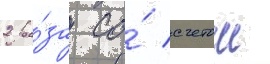
2 ра́за со́ счетом